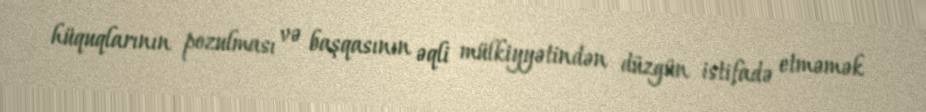
hüquqlarının pozulması və başqasının əqli mülkiyyətindən düzgün istifadə etməmək